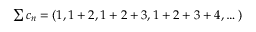
\textstyle \sum c _ { n } = ( 1 , 1 + 2 , 1 + 2 + 3 , 1 + 2 + 3 + 4 , \dots )